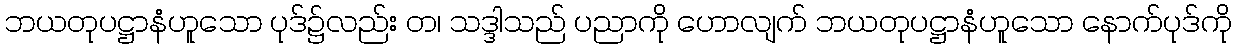
ဘယတုပဋ္ဌာနံဟူသော ပုဒ်၌လည်း တ၊ သဒ္ဒါသည် ပညာကို ဟောလျက် ဘယတုပဋ္ဌာနံဟူသော နောက်ပုဒ်ကို